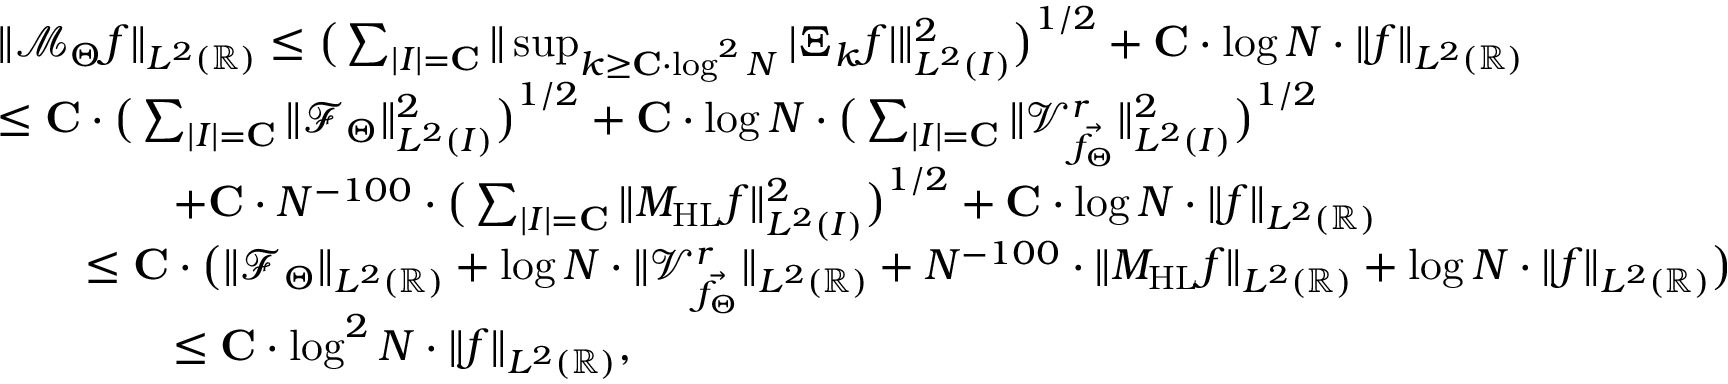
\begin{array} { r l } & { \| \mathcal { M } _ { \Theta } f \| _ { L ^ { 2 } ( \mathbb { R } ) } \leq \big ( \sum _ { | I | = \mathbf { C } } \| \operatorname* { s u p } _ { k \geq \mathbf { C } \cdot \log ^ { 2 } N } | \Xi _ { k } f | \| _ { L ^ { 2 } ( I ) } ^ { 2 } \big ) ^ { 1 / 2 } + \mathbf { C } \cdot \log N \cdot \| f \| _ { L ^ { 2 } ( \mathbb { R } ) } } \\ & { \leq \mathbf { C } \cdot \big ( \sum _ { | I | = \mathbf { C } } \| \mathcal { F } _ { \Theta } \| _ { L ^ { 2 } ( I ) } ^ { 2 } \big ) ^ { 1 / 2 } + \mathbf { C } \cdot \log N \cdot \big ( \sum _ { | I | = \mathbf { C } } \| \mathcal { V } _ { \vec { f _ { \Theta } } } ^ { r } \| _ { L ^ { 2 } ( I ) } ^ { 2 } \big ) ^ { 1 / 2 } } \\ & { \qquad \qquad + \mathbf { C } \cdot N ^ { - 1 0 0 } \cdot \big ( \sum _ { | I | = \mathbf { C } } \| M _ { \mathrm { H L } } f \| _ { L ^ { 2 } ( I ) } ^ { 2 } \big ) ^ { 1 / 2 } + \mathbf { C } \cdot \log N \cdot \| f \| _ { L ^ { 2 } ( \mathbb { R } ) } } \\ & { \qquad \leq \mathbf { C } \cdot \big ( \| \mathcal { F } _ { \Theta } \| _ { L ^ { 2 } ( \mathbb { R } ) } + \log N \cdot \| \mathcal { V } _ { \vec { f _ { \Theta } } } ^ { r } \| _ { L ^ { 2 } ( \mathbb { R } ) } + N ^ { - 1 0 0 } \cdot \| M _ { \mathrm { H L } } f \| _ { L ^ { 2 } ( \mathbb { R } ) } + \log N \cdot \| f \| _ { L ^ { 2 } ( \mathbb { R } ) } \big ) } \\ & { \qquad \qquad \leq \mathbf { C } \cdot \log ^ { 2 } N \cdot \| f \| _ { L ^ { 2 } ( \mathbb { R } ) } , } \end{array}